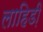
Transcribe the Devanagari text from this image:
लाहिडी़